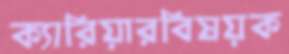
ক্যারিয়ারবিষয়ক